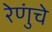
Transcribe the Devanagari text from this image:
रेणुंचे